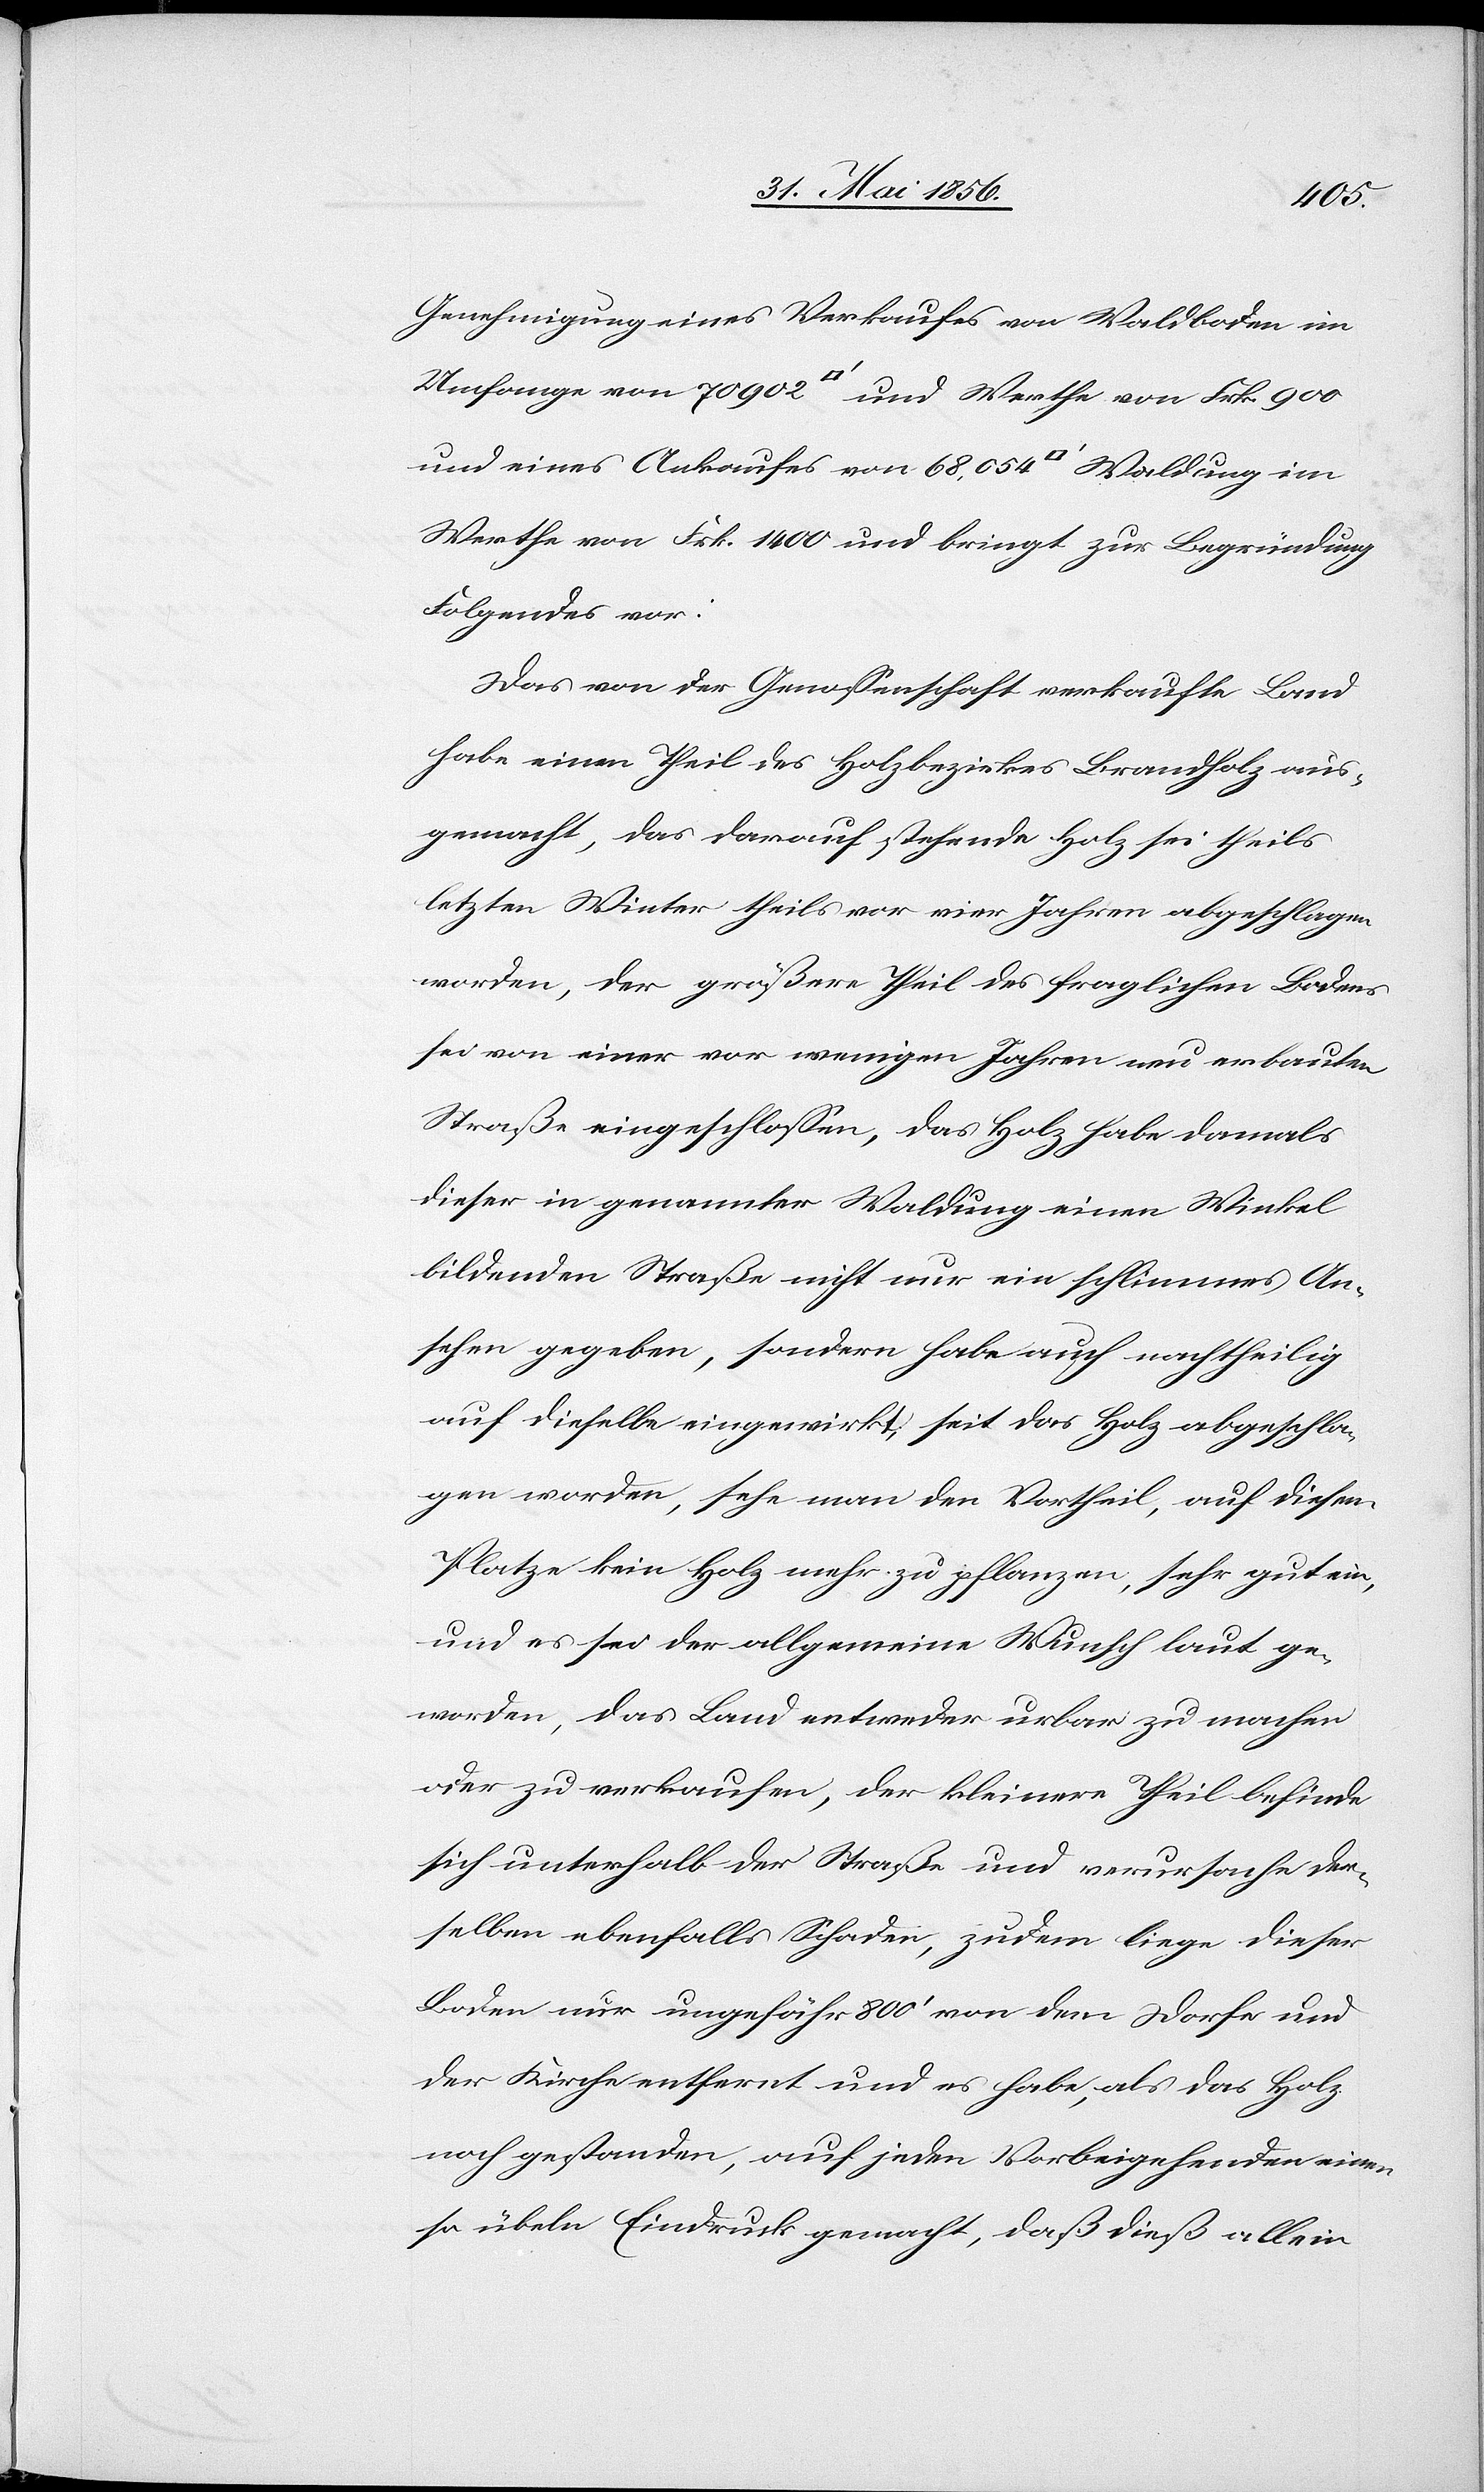
Genehmigung eines Verkaufes von Waldboden im
Werthe von Frk. 1400 und bringt zur Begründung
Folgendes vor:
Das von der Genossenschaft verkaufte Land
habe einen Theil des Holzbezirkes Brandholz aus¬
gemacht, das darauf stehende Holz sei theils
letzten Winter theils vor vier Jahren abgeschlagen
worden, der größere Theil des fraglichen Bodens
sei von einer vor wenigen Jahren neu erbauten
Straße eingeschlossen, das Holz habe damals
dieser in genannter Waldung einen Winkel
bildenden Straße nicht nur ein schlimmes An¬
sehen gegeben, sondern habe auch nachtheilig
auf dieselbe eingewirkt; seit das Holz abgeschla¬
gen worden, sehe man den Vortheil, auf diesem
Platze kein Holz mehr zu pflanzen, sehr gut ein,
und es sei der allgemeine Wunsch laut ge¬
worden, das Land entweder urbar zu machen
oder zu verkaufen, der kleinere Theil befinde
sich unterhalb der Straße und verursache der¬
selben ebenfalls Schaden, zudem liege dieser
Boden nur ungefähr 800’ von dem Dorfe und
der Kirche entfernt und es habe, als das Holz
noch gestanden, auf jeden Vorbeigehenden einen
so übeln Eindruck gemacht, daß dieß allein